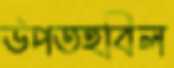
উপতহবিল